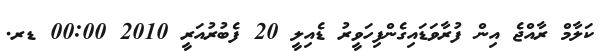
ކަލާމް ރާއްޖެ އިން ފުރާވަޑައިގެންފިހަވީރު ޑެއިލީ 20 ފެބުރުއަރީ 2010 00:00 ޑރ.